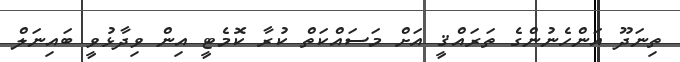
ތިނަދޫ އަންހެނުންގެ ތަރައްޤީ އަށް މަސައްކަތް ކުރާ ކޮމެޓީ އިން ވިދާޅުވީ ބައިނަލް